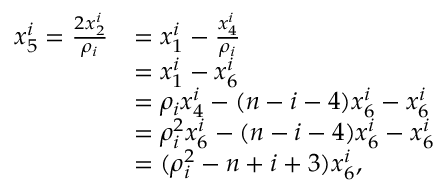
\begin{array} { r l } { x _ { 5 } ^ { i } = \frac { 2 x _ { 2 } ^ { i } } { \rho _ { i } } } & { = x _ { 1 } ^ { i } - \frac { x _ { 4 } ^ { i } } { \rho _ { i } } } \\ & { = x _ { 1 } ^ { i } - x _ { 6 } ^ { i } } \\ & { = \rho _ { i } x _ { 4 } ^ { i } - ( n - i - 4 ) x _ { 6 } ^ { i } - x _ { 6 } ^ { i } } \\ & { = \rho _ { i } ^ { 2 } x _ { 6 } ^ { i } - ( n - i - 4 ) x _ { 6 } ^ { i } - x _ { 6 } ^ { i } } \\ & { = ( \rho _ { i } ^ { 2 } - n + i + 3 ) x _ { 6 } ^ { i } , } \end{array}